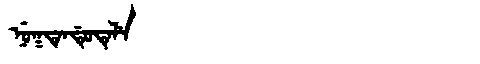
Manchu: ᠨᡠᡴᡨᡝᠨᡩᡠᡨᡝᠯᡝ
Romanization: NUKTENDUTELE